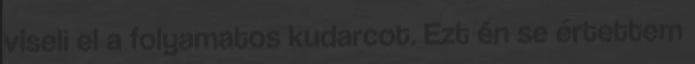
viseli el a folyamatos kudarcot. Ezt én se értettem